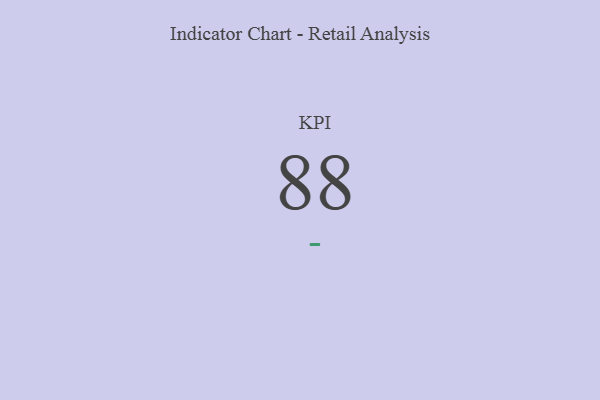
{"axis": {"x": "KPI", "y": "Value"}, "legend": [""], "data": [{"x": "KPI", "y": 88, "type": ""}]}